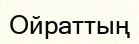
Ойраттың